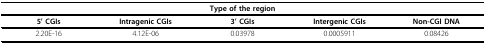
<table><thead><tr><td colspan="5"><b>Type of the region</b></td></tr><tr><td><b>5&#x27; CGIs</b></td><td><b>Intragenic CGIs</b></td><td><b>3&#x27; CGIs</b></td><td><b>Intergenic CGIs</b></td><td><b>Non-CGI DNA</b></td></tr></thead><tbody><tr><td>2.20E-16</td><td>4.12E-06</td><td>0.03978</td><td>0.0005911</td><td>0.08426</td></tr></tbody></table>